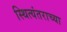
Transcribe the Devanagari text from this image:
स्थित्यंतराच्या